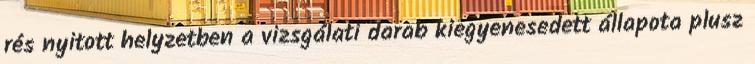
rés nyitott helyzetben a vizsgálati darab kiegyenesedett állapota plusz